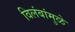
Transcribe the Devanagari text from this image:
विलंबांमुळे